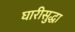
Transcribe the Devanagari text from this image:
घारीसुद्धा